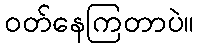
ဝတ်နေကြတာပဲ။